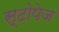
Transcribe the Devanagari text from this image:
स्टोपेज